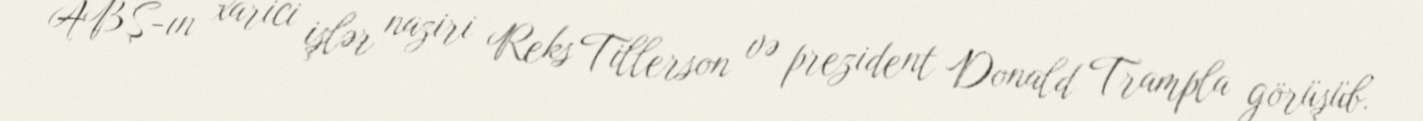
ABŞ-ın xarici işlər naziri Reks Tillerson və prezident Donald Trampla görüşüb.